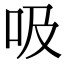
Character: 吸